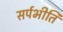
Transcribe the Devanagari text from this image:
सर्पभीति